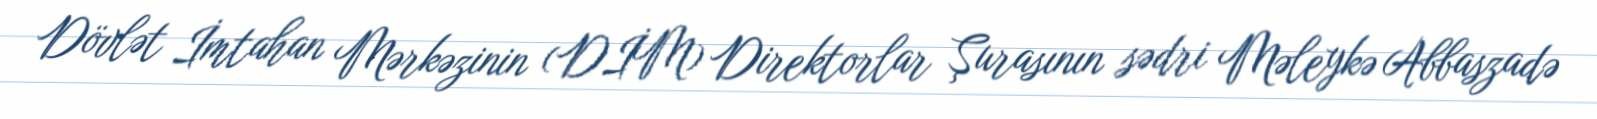
Dövlət İmtahan Mərkəzinin (DİM) Direktorlar Şurasının sədri Məleykə Abbaszadə